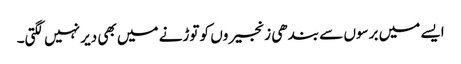
ایسے میں برسوں سے بندھی زنجیروں کو توڑنے میں بھی دیر نہیں لگتی۔